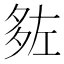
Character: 𡖠